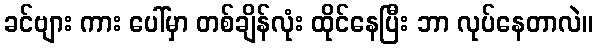
ခင်ဗျား ကား ပေါ်မှာ တစ်ချိန်လုံး ထိုင်နေပြီး ဘာ လုပ်နေတာလဲ။